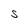
Character: S